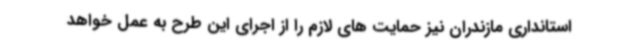
استانداری مازندران نیز حمایت های لازم را از اجرای این طرح به عمل خواهد